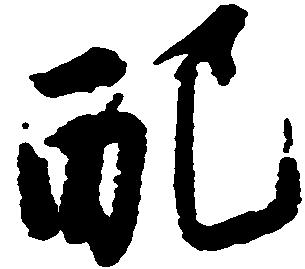
配